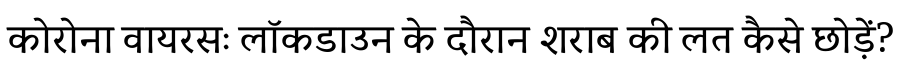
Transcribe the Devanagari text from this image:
कोरोना वायरसः लॉकडाउन के दौरान शराब की लत कैसे छोड़ें?